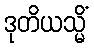
ဒုတိယသ္မိံ